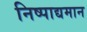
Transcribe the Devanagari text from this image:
निष्पाद्यमान